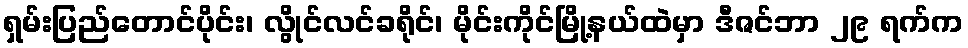
ရှမ်းပြည်တောင်ပိုင်း၊ လွိုင်လင်ခရိုင်၊ မိုင်းကိုင်မြို့နယ်ထဲမှာ ဒီဇင်ဘာ ၂၉ ရက်က